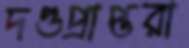
দণ্ডপ্রাপ্তরা